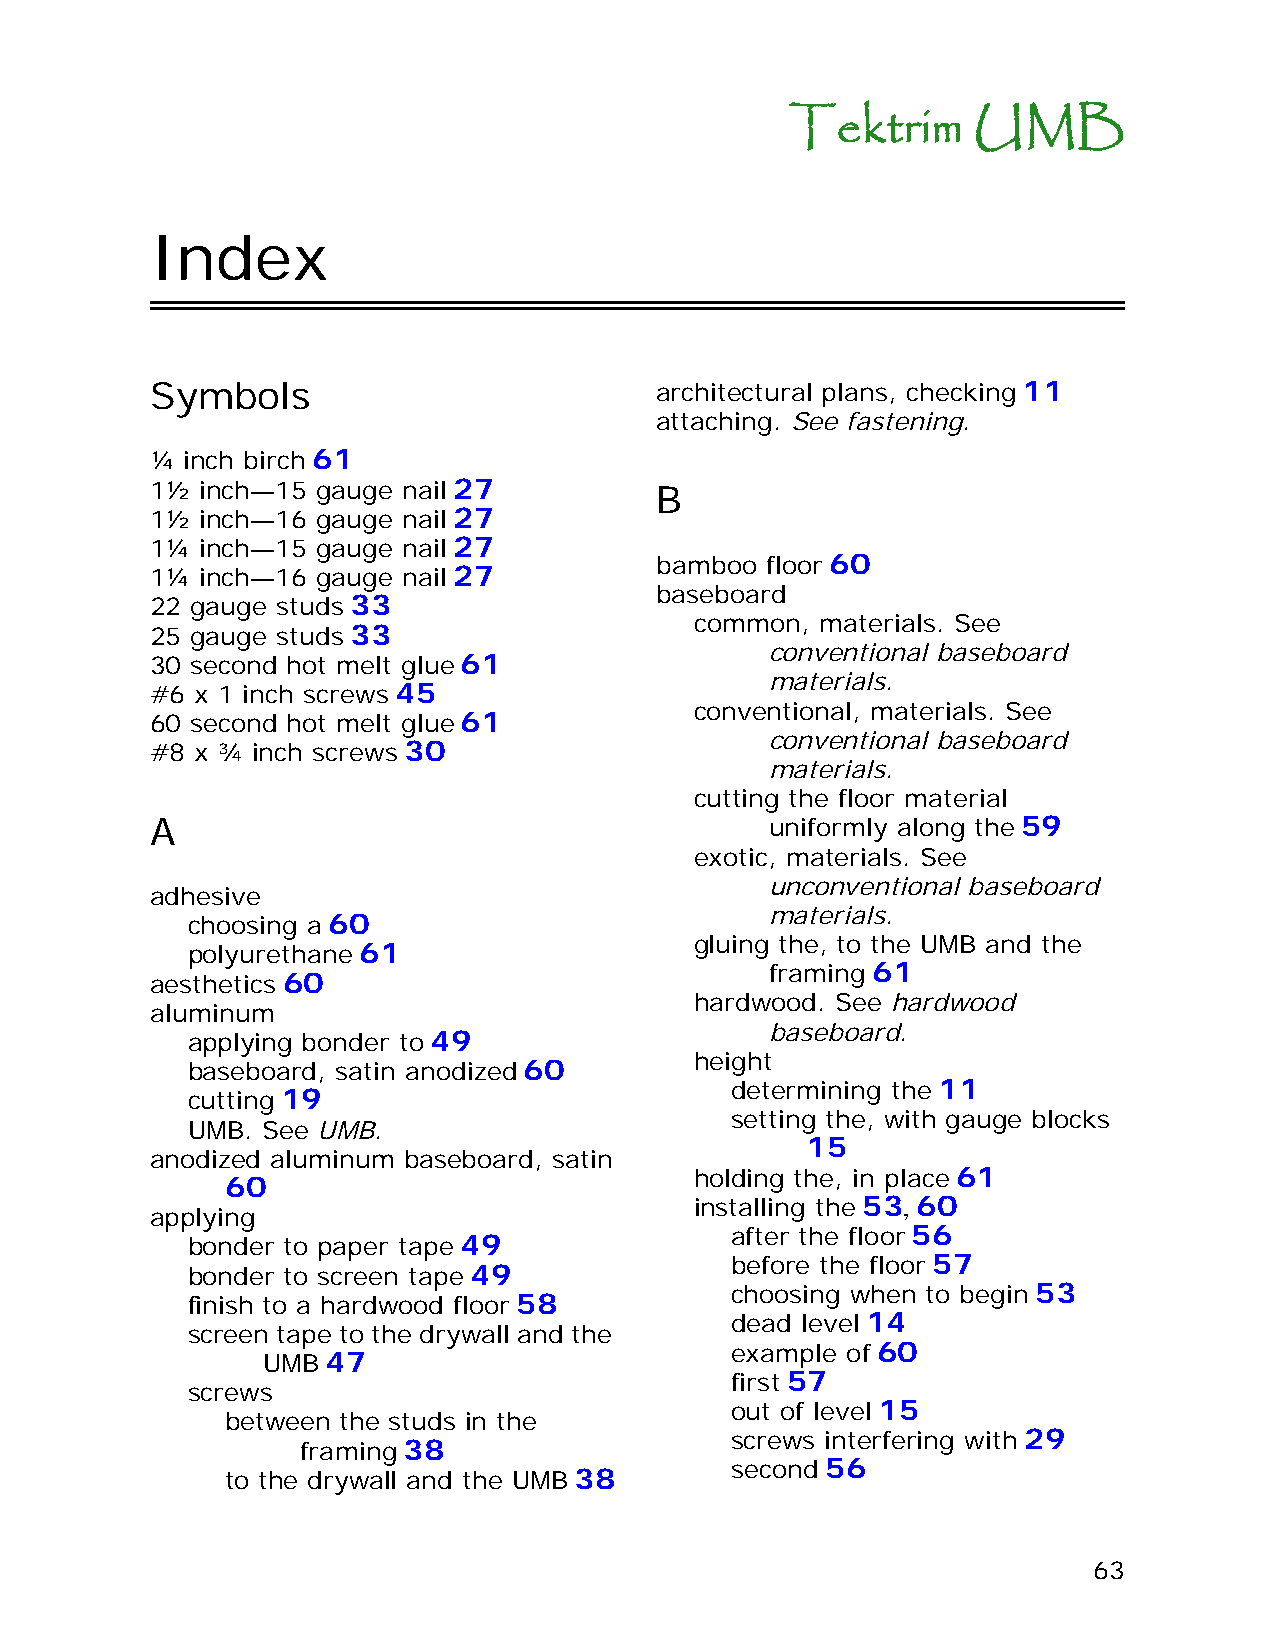
Tektrim     UMB
 Index
 Symbols                          architectural plans, checking 11
 attaching. See fastening.
 ¼ inch birch 61
 1½ inch—15 gauge nail 27         B
 1½ inch—16 gauge nail 27
 1¼ inch—15 gauge nail 27
 bamboo  floor 60
 1¼ inch—16 gauge nail 27
 baseboard
 22 gauge studs 33
 common, materials. See
 25 gauge studs 33
 conventional baseboard
 30 second hot melt glue 61
 materials.
 #6 x 1 inch screws 45
 conventional, materials. See
 60 second hot melt glue 61
 conventional baseboard
 #8 x ¾ inch screws 30
 materials.
 cutting the floor material
 A                                        uniformly along the 59
 exotic, materials. See
 unconventional baseboard
 adhesive
 materials.
 choosing a 60
 gluing the, to the UMB and the
 polyurethane 61
 framing 61
 aesthetics 60
 hardwood. See hardwood
 aluminum
 baseboard.
 applying bonder to 49
 height
 baseboard, satin anodized 60
 determining the 11
 cutting 19
 setting the, with gauge blocks
 UMB. See UMB.
 15
 anodized aluminum baseboard, satin
 holding the, in place 61
 60
 installing the 53, 60
 applying
 after the floor 56
 bonder to paper tape 49
 before the floor 57
 bonder to screen tape 49
 choosing when to begin 53
 finish to a hardwood floor 58
 dead level 14
 screen tape to the drywall and the
 example of 60
 UMB  47
 first 57
 screws
 out of level 15
 between the studs in the
 screws interfering with 29
 framing 38
 second 56
 to the drywall and the UMB 38
 63